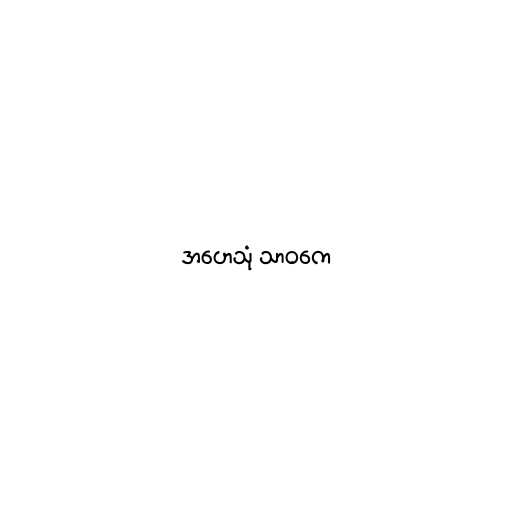
အဟေသုံ သာဝကေ